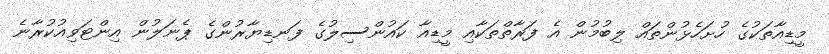
މީޑިއާތަކުގެ ހުށަހެޅުންތައް ލިބުމުން އެ ފަރާތްތަކާއި މީޑިއާ ކައުންސިލުގެ ފަނޑިޔާރުންގެ ޕެނަލުން އިންޓަވިއުކުރާނެ